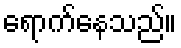
ရောက်နေသည်။